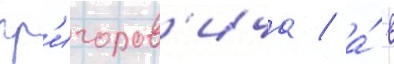
гр'игоров'ича / а́ в